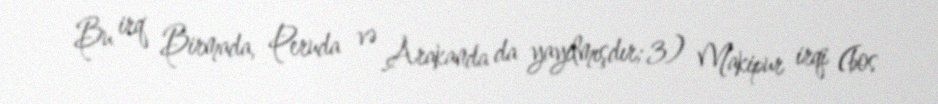
Bu irq Birmada, Peruda və Arakanda da yayılmışdır; 3) Makipur irqi (bos